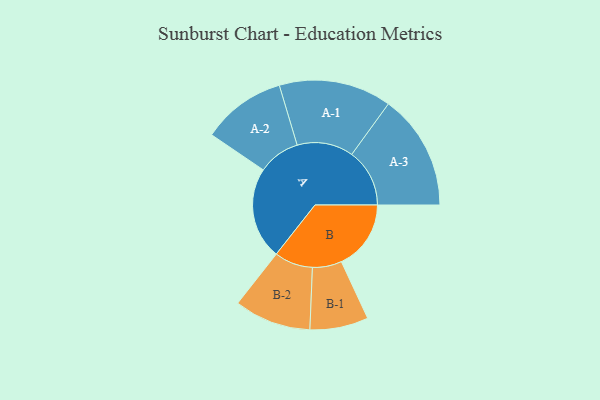
{"axis": {"x": "Segment", "y": "Value"}, "legend": ["", "A", "B"], "data": [{"x": "A", "y": 469, "type": ""}, {"x": "B", "y": 355, "type": ""}, {"x": "A-1", "y": 287, "type": "A"}, {"x": "A-2", "y": 214, "type": "A"}, {"x": "A-3", "y": 295, "type": "A"}, {"x": "B-1", "y": 149, "type": "B"}, {"x": "B-2", "y": 196, "type": "B"}]}